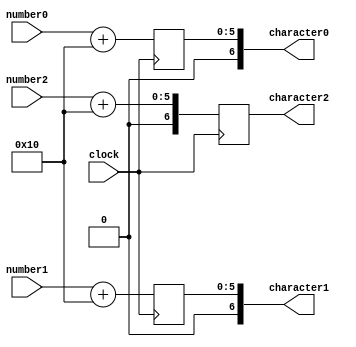
`timescale 1ns / 1ps

module DecimalToROMLocation
    #(parameter DIGIT_BITS = 4,
                SELECT_CHARACTER_BITS = 7)
    (
    input clock,
    input [DIGIT_BITS-1:0] number2,
    input [DIGIT_BITS-1:0] number1,
    input [DIGIT_BITS-1:0] number0,
    output reg [SELECT_CHARACTER_BITS-1:0] character2 = 0,
    output reg [SELECT_CHARACTER_BITS-1:0] character1 = 0,
    output reg [SELECT_CHARACTER_BITS-1:0] character0 = 0
    );
    
    always @(posedge clock) begin
        character2 <= number2 + 16;
        character1 <= number1 + 16;
        character0 <= number0 + 16;
    end
    
endmodule